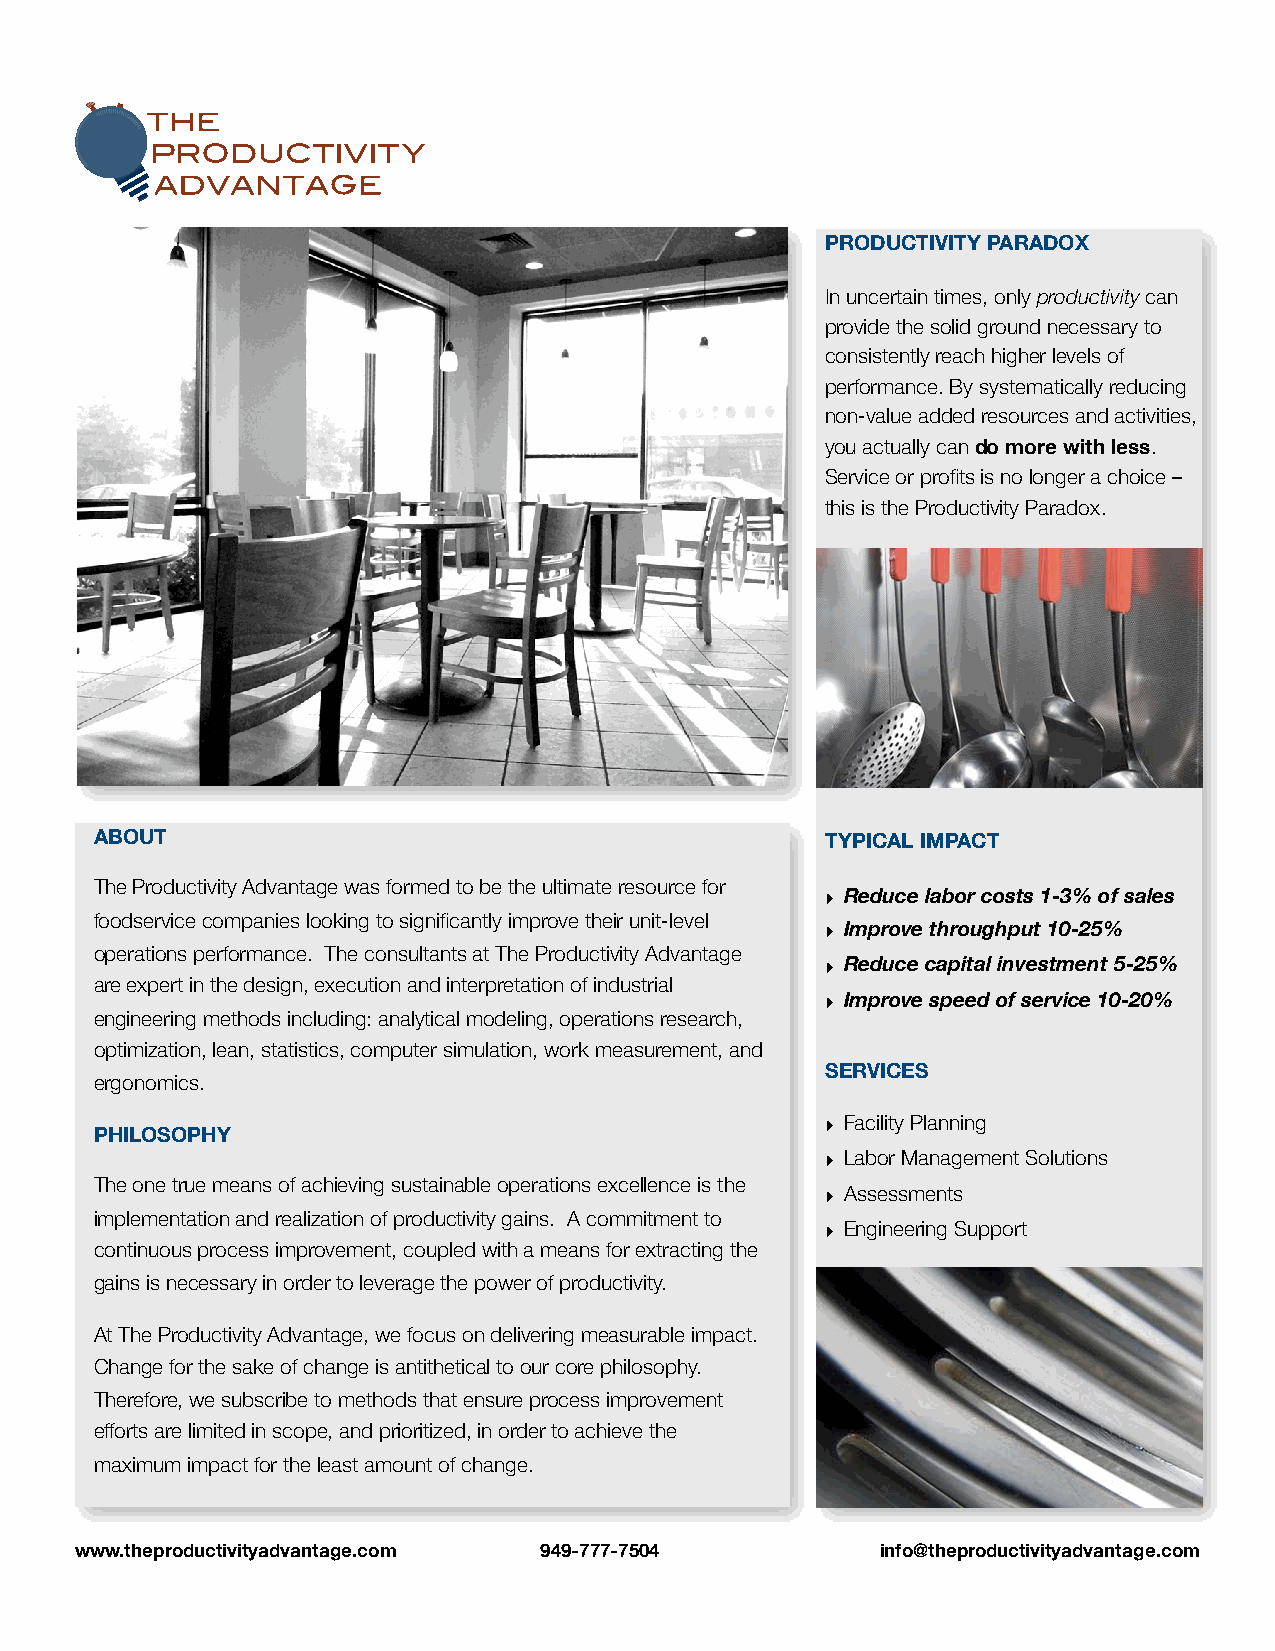
PRODUCTIVITY PARADOX
 In uncertain times, only productivity can
 provide the solid ground necessary to
 consistently reach higher levels of
 performance. By systematically reducing
 non-value added resources and activities,
 you actually can do more with less.
 Service or profits is no longer a choice –
 this is the Productivity Paradox.
 ABOUT                                            TYPICAL IMPACT
 The Productivity Advantage was formed to be the ultimate resource for
 ‣ Reduce labor costs 1-3% of sales
 foodservice companies looking to significantly improve their unit-level
 ‣ Improve throughput 10-25%
 operations performance. The consultants at The Productivity Advantage
 ‣ Reduce capital investment 5-25%
 are expert in the design, execution and interpretation of industrial
 ‣ Improve speed of service 10-20%
 engineering methods including: analytical modeling, operations research,
 optimization, lean, statistics, computer simulation, work measurement, and
 SERVICES
 ergonomics.
 ‣ Facility Planning
 PHILOSOPHY
 ‣ Labor Management Solutions
 The one true means of achieving sustainable operations excellence is the
 ‣ Assessments
 implementation and realization of productivity gains. A commitment to
 ‣ Engineering Support
 continuous process improvement, coupled with a means for extracting the
 gains is necessary in order to leverage the power of productivity.
 At The Productivity Advantage, we focus on delivering measurable impact.
 Change for the sake of change is antithetical to our core philosophy.
 Therefore, we subscribe to methods that ensure process improvement
 efforts are limited in scope, and prioritized, in order to achieve the
 maximum impact for the least amount of change.
 www.theproductivityadvantage.com 949-777-7504        info@theproductivityadvantage.com